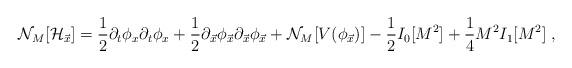
LaTeX: \begin{align*}{\cal N}_M[{\cal H}_{\vec{x}}]={\frac {1}{2}}\partial_t\phi_x\partial_t\phi_x+ {\frac {1}{2}}\partial_{\vec{x}}\phi_{\vec{x}}\partial_{\vec{x}} \phi_{\vec{x}} +{\cal N}_M[V(\phi_{\vec{x}})] - {\frac {1}{2}}I_0[M^2]+{\frac {1}{4}} M^2 I_1[M^2] \;,\end{align*}